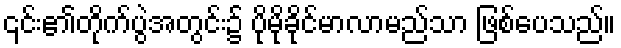
၎င်း၏တိုက်ပွဲအတွင်း၌ ပိုမိုခိုင်မာလာမည်သာ ဖြစ်ပေသည်။